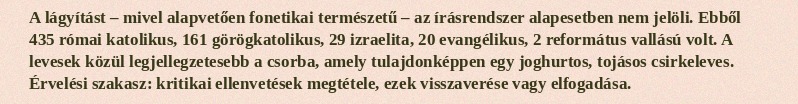
A lágyítást – mivel alapvetően fonetikai természetű – az írásrendszer alapesetben nem jelöli. Ebből 435 római katolikus, 161 görögkatolikus, 29 izraelita, 20 evangélikus, 2 református vallású volt. A levesek közül legjellegzetesebb a csorba, amely tulajdonképpen egy joghurtos, tojásos csirkeleves. Érvelési szakasz: kritikai ellenvetések megtétele, ezek visszaverése vagy elfogadása.